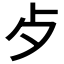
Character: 歺